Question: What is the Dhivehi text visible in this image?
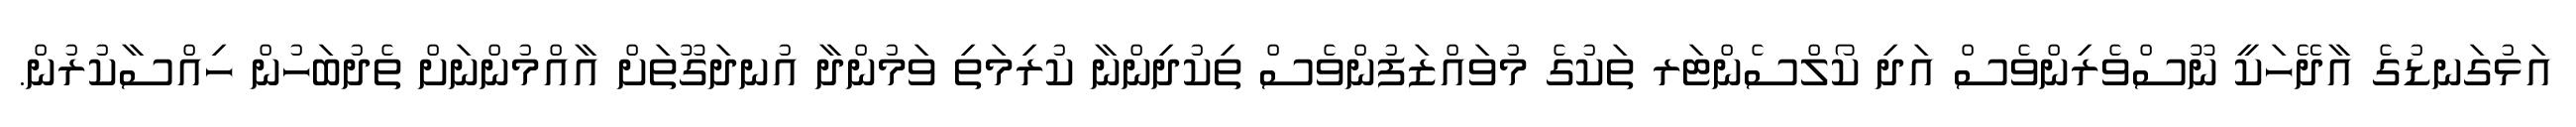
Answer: އަޅުގަނޑުގެ އާދޭހަކީ ނޫސްވެރިންވެސް އަދި ކޯލްސެންޓަރ ތަކުގެ މުވައްޒަފުންވެސް ތިކުދިންނާ ކުރިމަތި ވަމުންދާ އުނދަގޫތަށް އާއްމުންނަށް ތެދުބަހުން ހިއްސާކުރުން.